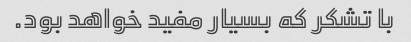
با تشکر که بسیار مفید خواهد بود.